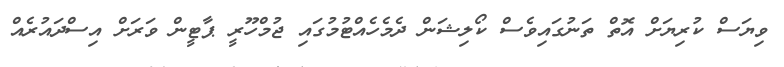
ވިޔަސް ކުރިޔަށް އޮތް ތަނުގައިވެސް ކޯލިޝަން ދެމެހެއްޓުމުގައި ޖުމްހޫރީ ޕާޓީން ވަރަށް އިސްދައުރެއް